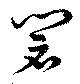
閟